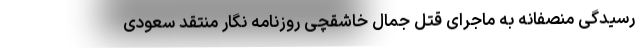
رسیدگی منصفانه به ماجرای قتل جمال خاشقچی روزنامه نگار منتقد سعودی